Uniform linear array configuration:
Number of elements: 32
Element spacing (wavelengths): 0.5
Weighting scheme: blackman
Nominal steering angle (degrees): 45
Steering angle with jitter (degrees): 43.442
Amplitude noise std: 0.05
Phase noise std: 0.05

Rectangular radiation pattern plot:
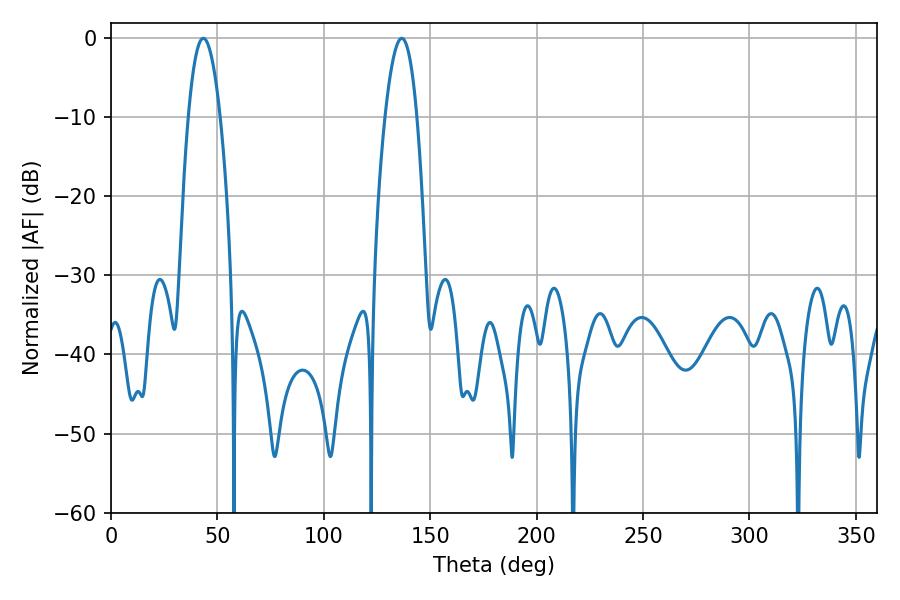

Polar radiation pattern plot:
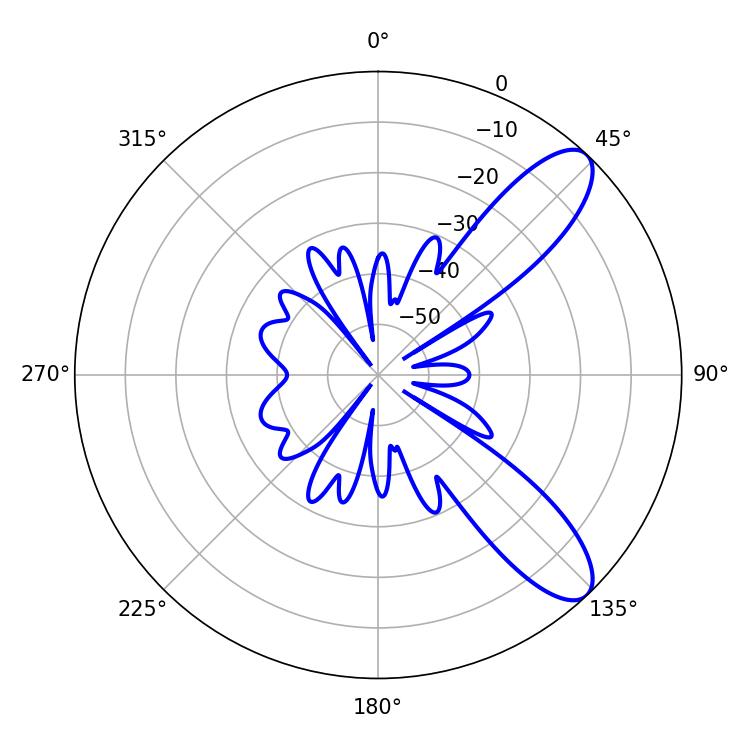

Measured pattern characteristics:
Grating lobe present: FALSE
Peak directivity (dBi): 9.729
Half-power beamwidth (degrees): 8.28
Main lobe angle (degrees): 43.38